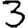
Digit: 3